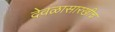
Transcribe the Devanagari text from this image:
देवळासारखीच